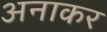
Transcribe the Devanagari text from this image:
अनाकर